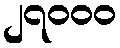
၂၇၀၀၀